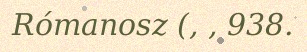
Rómanosz (, , 938.